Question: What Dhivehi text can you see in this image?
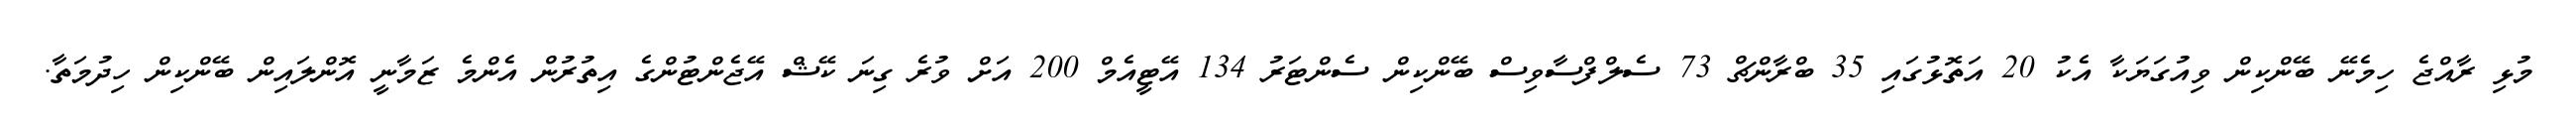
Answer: މުޅި ރާއްޖެ ހިމެނޭ ބޭންކިން ވިއުގަޔަކާ އެކު 20 އަތޮޅުގައި 35 ބްރާންޗް 73 ސެލްފްސާވިސް ބޭންކިން ސެންޓަރު 134 އޭޓީއެމް 200 އަށް ވުރެ ގިނަ ކޭޝް އޭޖެންޓުންގެ އިތުރުން އެންމެ ޒަމާނީ އޮންލައިން ބޭންކިން ހިދުމަތާ.